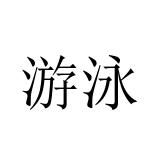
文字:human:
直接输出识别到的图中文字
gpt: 游泳